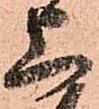
上